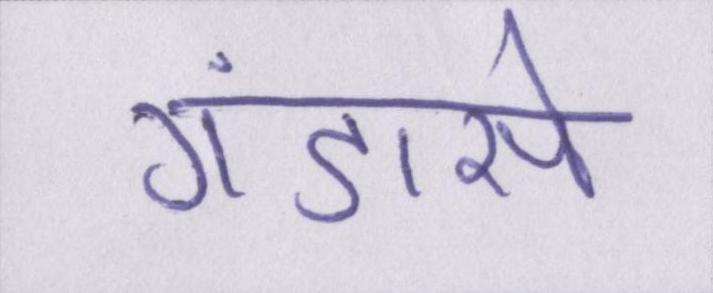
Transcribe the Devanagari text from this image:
गंडासे